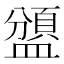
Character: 𥂾